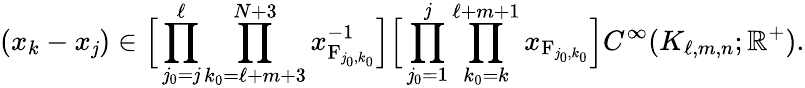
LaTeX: (x_{k}-x_{\mathit{j}})\in\Big[\prod_{\mathit{j}_{0}=\mathit{j}}^{\ell}\prod_{k_{0}=\ell+m+3}^{N+3}x_{\mathrm{{F}}_{\mathit{j}_{0},k_{0}}}^{-1}\Big]\Big[\prod_{\mathit{j}_{0}=1}^{\mathit{j}}\prod_{k_{0}=k}^{\ell+m+1}x_{\mathrm{{F}}_{\mathit{j}_{0},k_{0}}}\Big]C^{\infty}(K_{\ell,m,n};\mathbb{{R}}^{+}).